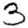
Digit: 3